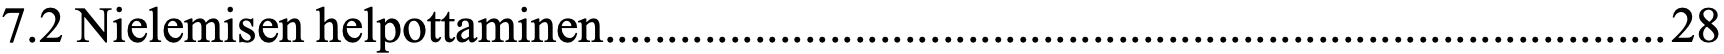
7.2 Nielemisen helpottaminen ..................................................................................... 28